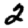
Digit: 2